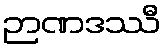
ဉာဏဒဿီ